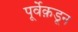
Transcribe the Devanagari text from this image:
पूर्वेक़डून